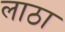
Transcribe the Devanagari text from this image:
लाठा